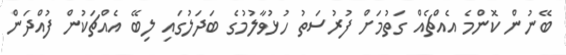
ބޭނުން ކޮންމެ އެއްޗެއް ގަތުމަށް ފުރުސަތު ހުޅުވާލުމުގެ ބަދަލުގައި ލިބޭ އެއްޗަކުން ފުއްދަން